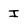
Character: I